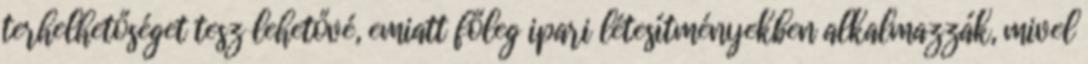
terhelhetőséget tesz lehetővé, emiatt főleg ipari létesítményekben alkalmazzák, mivel